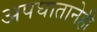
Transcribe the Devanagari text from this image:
अपघातानेही